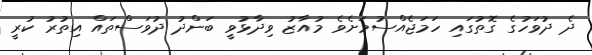
ދެ ދުވަހުގެ ގޮތުގައި ހަމަޖެއްސުމަށެވެ މުއާޒު ވިދާޅުވީ ބަންދު ދުވަސްތައް އިތުރު ކުރީ